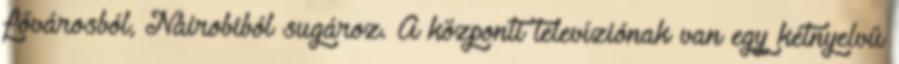
fővárosból, Nairobiból sugároz. A központi televíziónak van egy kétnyelvű